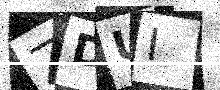
Text: ZDUI